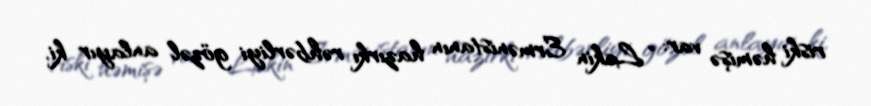
riski həmişə var: “Lakin Ermənistanın hazırkı rəhbərliyi gözəl anlayır ki,